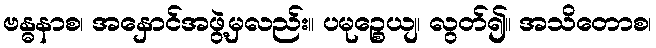
ဗန္ဓနာစ၊ အနှောင်အဖွဲ့မှလည်း။ ပမုဉ္စေယျ၊ လွတ်၍။ အသိတောစ၊